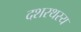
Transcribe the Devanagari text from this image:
दशरथस्य